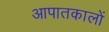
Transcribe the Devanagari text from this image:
आपातकालों